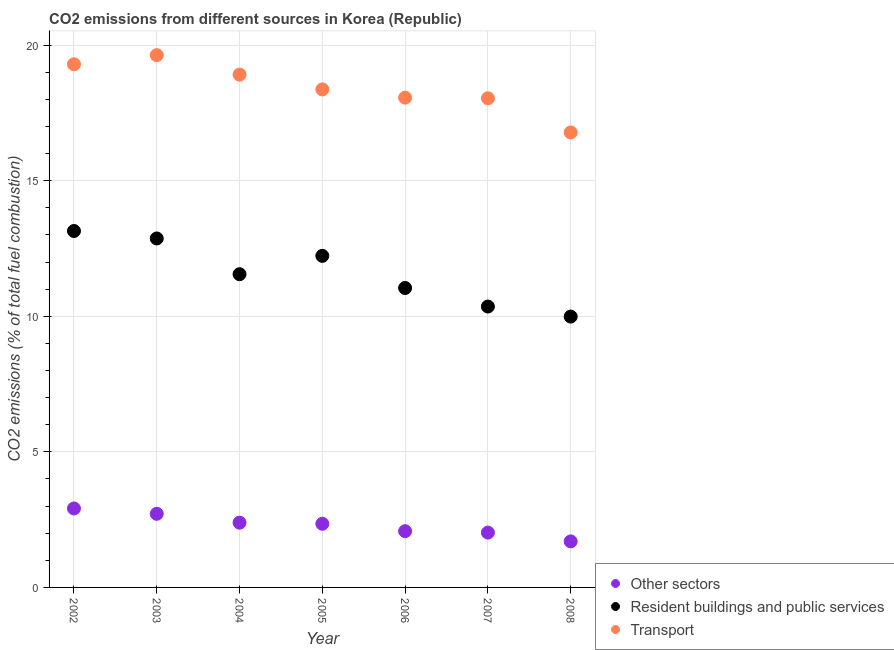
| Year | Other sectors | Resident buildings and public services | Transport |
 | --- | --- | --- | --- |
 | 2002 | 2.91 | 13.1 | 19.3 |
 | 2003 | 2.72 | 12.9 | 19.6 |
 | 2004 | 2.39 | 11.6 | 18.9 |
 | 2005 | 2.35 | 12.2 | 18.4 |
 | 2006 | 2.07 | 11 | 18.1 |
 | 2007 | 2.02 | 10.4 | 18 |
 | 2008 | 1.7 | 9.99 | 16.8 |